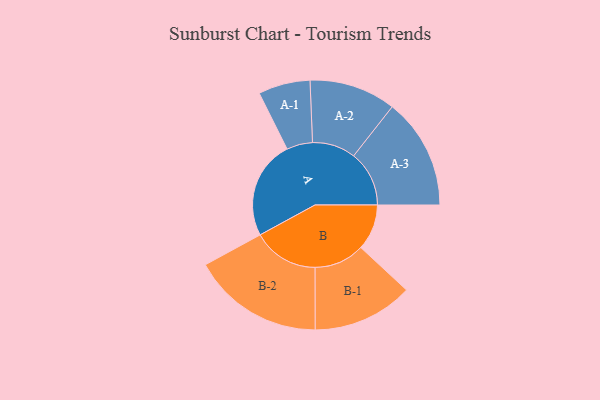
{"axis": {"x": "Segment", "y": "Value"}, "legend": ["", "A", "B"], "data": [{"x": "A", "y": 380, "type": ""}, {"x": "B", "y": 177, "type": ""}, {"x": "A-1", "y": 100, "type": "A"}, {"x": "A-2", "y": 167, "type": "A"}, {"x": "A-3", "y": 214, "type": "A"}, {"x": "B-1", "y": 194, "type": "B"}, {"x": "B-2", "y": 254, "type": "B"}]}